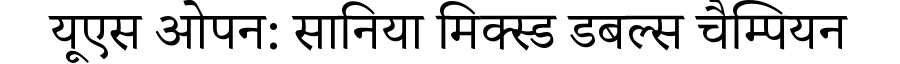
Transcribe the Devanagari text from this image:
यूएस ओपन: सानिया मिक्स्ड डबल्स चैम्पियन